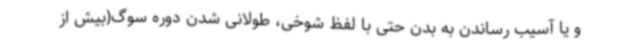
و یا آسیب رساندن به بدن حتی با لفظ شوخی، طولانی شدن دوره سوگ(بیش از